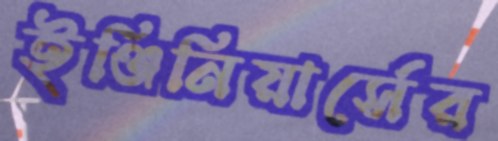
ইঞ্জিনিয়ার্সের